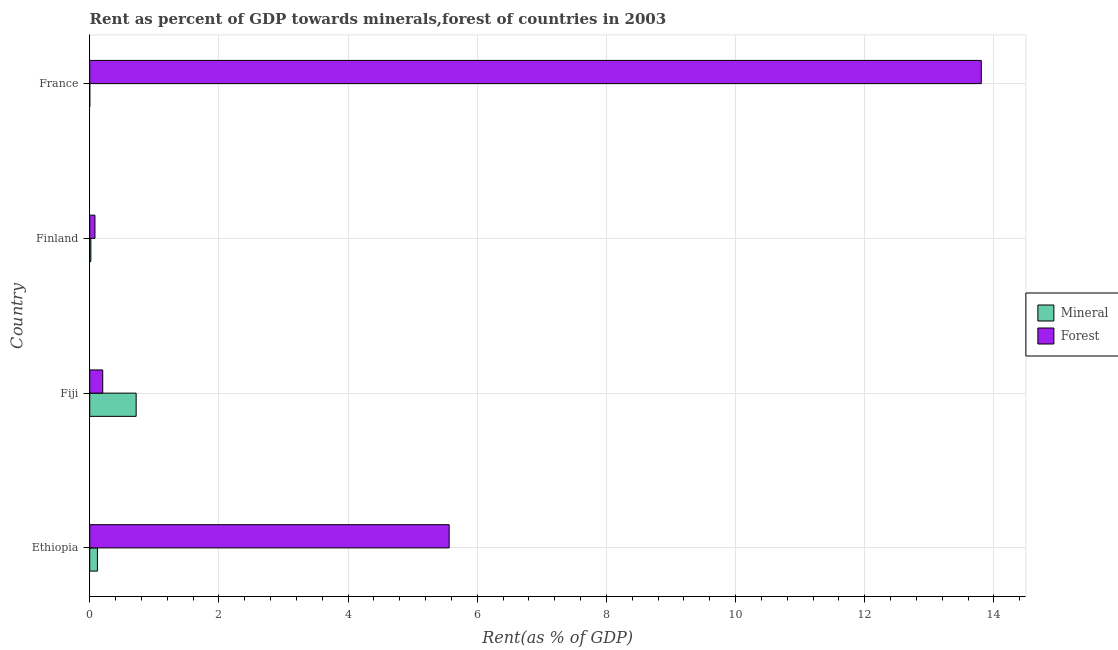
| Country | Mineral | Forest |
 | --- | --- | --- |
 | Ethiopia | 0.119 | 5.57 |
 | Fiji | 0.719 | 0.201 |
 | Finland | 0.0175 | 0.0809 |
 | France | 0.000293 | 13.8 |